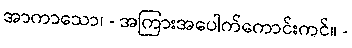
အာကာသော၊ - အကြားအပေါက်ကောင်းကင်။ -